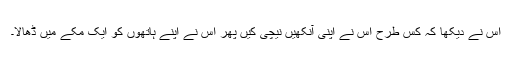
اس نے دیکھا کہ کس طرح اس نے اپنی آنکھیں نیچی کیں پھر اس نے اپنے ہاتھوں کو ایک مُکے میں ڈھالا۔